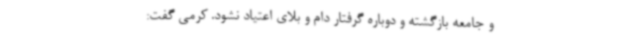
و جامعه بازگشته و دوباره گرفتار دام و بلای اعتیاد نشود. کرمی گفت: